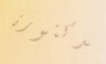
الدكتورة